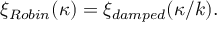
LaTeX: \xi _ { R o b i n } ( \kappa ) = \xi _ { d a m p e d } ( \kappa / k ) .